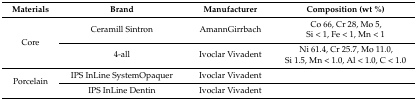
<table><thead><tr><td><b>Materials</b></td><td><b>Brand</b></td><td><b>Manufacturer</b></td><td><b>Composition (wt %)</b></td></tr></thead><tbody><tr><td rowspan="2">Core</td><td>Ceramill Sintron</td><td>AmannGirrbach</td><td>Co 66, Cr 28, Mo 5,Si &lt; 1, Fe &lt; 1, Mn &lt; 1</td></tr><tr><td>4-all</td><td>Ivoclar Vivadent</td><td>Ni 61.4, Cr 25.7, Mo 11.0,Si 1.5, Mn &lt; 1.0, Al &lt; 1.0, C &lt; 1.0</td></tr><tr><td rowspan="2">Porcelain</td><td>IPS InLine SystemOpaquer</td><td>Ivoclar Vivadent</td><td></td></tr><tr><td>IPS InLine Dentin</td><td>Ivoclar Vivadent</td><td></td></tr></tbody></table>